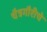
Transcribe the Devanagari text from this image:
चैत्रगौरीचे